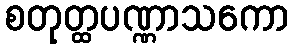
စတုတ္ထပဏ္ဏာသကော